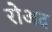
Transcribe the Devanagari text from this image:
रोअद